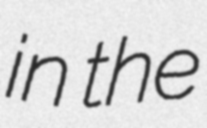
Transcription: in the